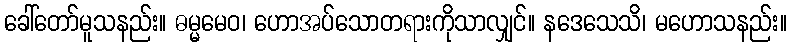
ခေါ်တော်မူသနည်း။ ဓမ္မမေဝ၊ ဟောအပ်သောတရားကိုသာလျှင်။ နဒေသေသိ၊ မဟောသနည်း။